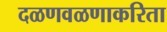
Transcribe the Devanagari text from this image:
दळणवळणाकरिता